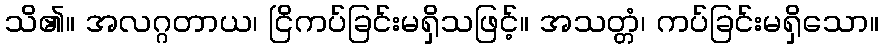
သိ၏။ အလဂ္ဂတာယ၊ ငြိကပ်ခြင်းမရှိသဖြင့်။ အသတ္တံ၊ ကပ်ခြင်းမရှိသော။